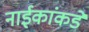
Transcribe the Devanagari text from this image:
नाईकांकडे